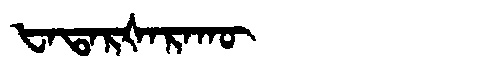
Manchu: ᡶᠠᡨᠠᡵᡧᠠᡵᠠᡴᡡ
Romanization: FATARŠARAKŪ